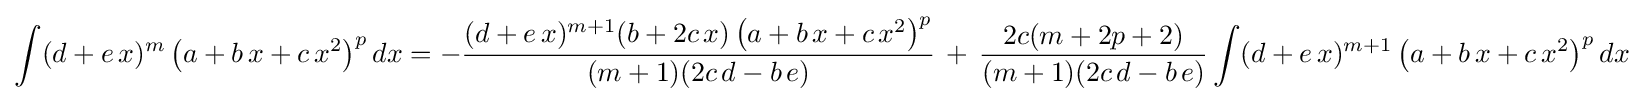
\int (d+e\,x)^{m}\left(a+b\,x+c\,x^{2}\right)^{p}dx=-{\frac {(d+e\,x)^{m+1}(b+2c\,x)\left(a+b\,x+c\,x^{2}\right)^{p}}{(m+1)(2c\,d-b\,e)}}\,+\,{\frac {2c(m+2p+2)}{(m+1)(2c\,d-b\,e)}}\int (d+e\,x)^{m+1}\left(a+b\,x+c\,x^{2}\right)^{p}dx